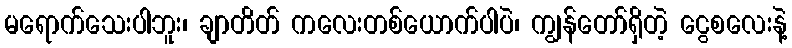
မရောက်သေးပါဘူး၊ ချာတိတ် ကလေးတစ်ယောက်ပါပဲ၊ ကျွန်တော်ရှိတဲ့ ငွေစလေးနဲ့